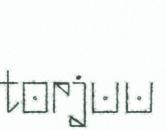
torjuu